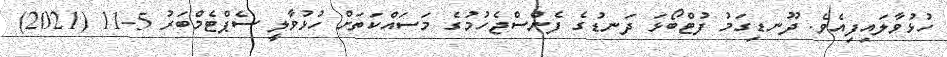
ހުޅުވާލައިފިއެވެ. ދޫނޑިގަމު ފުޓްބޯޅަ ދަނޑުގެ ފެންސްޖެހުމުގެ މަސައްކަތަށް ހުޅުވާލީ ސެޕްޓެމްބަރު 5-11 (2021)